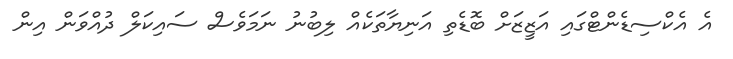
އެ އެކްސިޑެންޓްގައި އަޒީޒަށް ބޮޑެތި އަނިޔާތަކެއް ލިބުނު ނަމަވެސް ސައިކަލް ދުއްވަން އިން